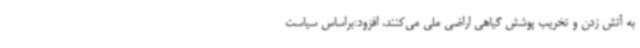
به آتش زدن و تخریب پوشش گیاهی اراضی ملی می‌کنند، افزود:براساس سیاست